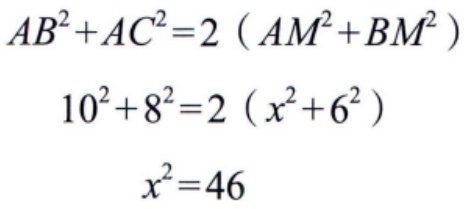
\[
\begin{align*}
AB^{2}+AC^{2}&=2\left(AM^{2}+BM^{2}\right)\\
10^{2}+8^{2}&=2\left(x^{2}+6^{2}\right)\\
x^{2}&=46
\end{align*}
\]